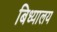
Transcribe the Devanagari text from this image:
बिध्यालय